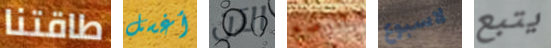
طاقتنا أغسل الآن للوضع لاسبوع يتبع